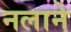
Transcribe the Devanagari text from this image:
नलाने